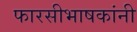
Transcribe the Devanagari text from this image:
फारसीभाषकांनी